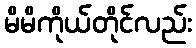
မိမိကိုယ်တိုင်လည်း